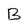
Character: B